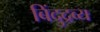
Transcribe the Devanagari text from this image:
बिंदुद्रव्य